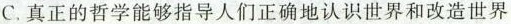
C.真正的哲学能够指导人们正确地认识世界和改造世界